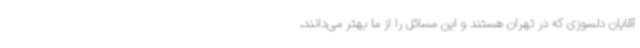
آقایان دلسوزی که در تهران هستند و این مسائل را از ما بهتر می‌دانند،